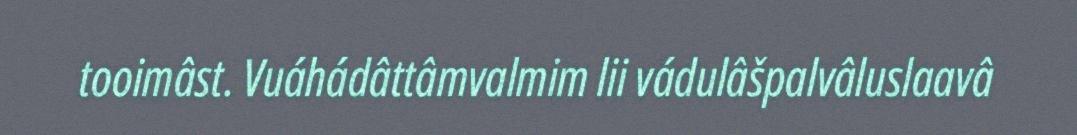
tooimâst. Vuáhádâttâmvalmim lii vádulâšpalvâluslaavâ